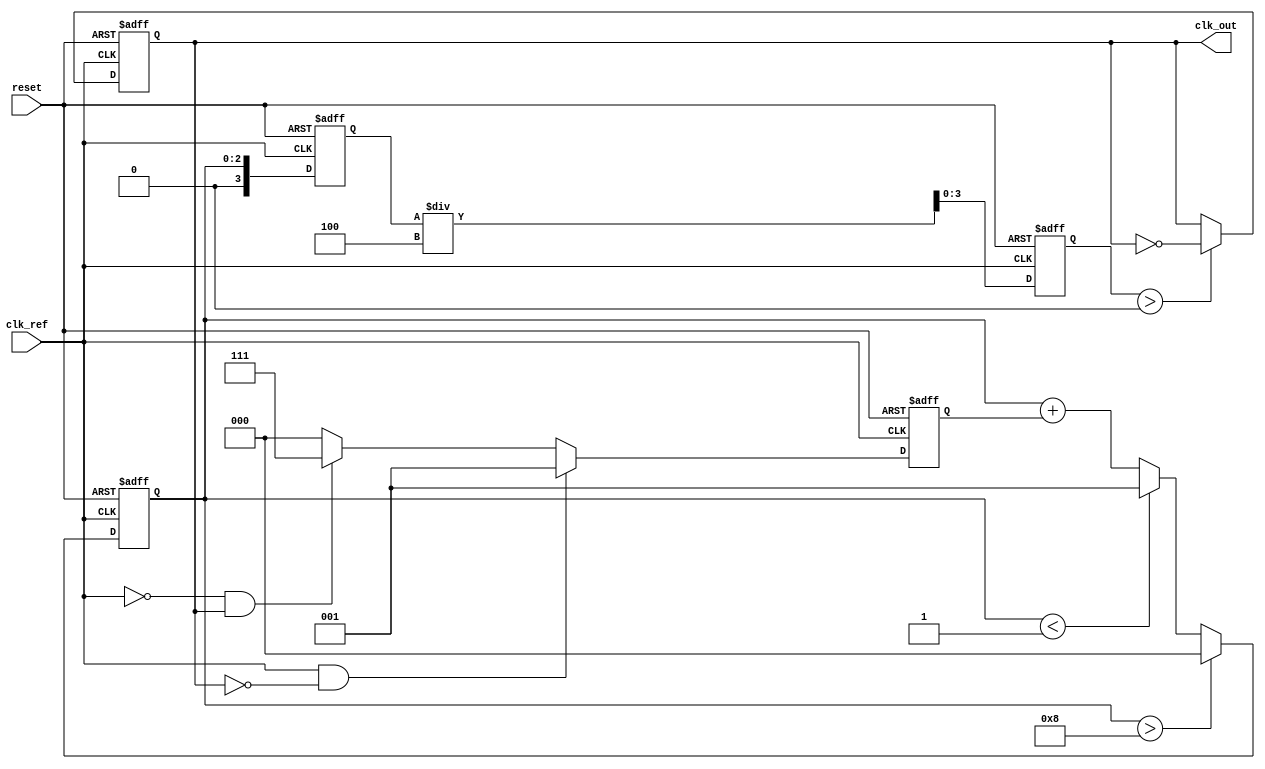
module ADPLL (
    input wire clk_ref,           // Reference clock input
    input wire reset,             // Asynchronous reset
    output reg clk_out            // Output clock signal
);

// Parameters
parameter DIV_FACTOR = 4;       // Frequency division factor
parameter LOOP_FILTER_ORDER = 3; // Order of the digital loop filter
parameter VCO_MAX_FREQ = 8;     // Max frequency value for VCO
parameter VCO_MIN_FREQ = 1;      // Min frequency value for VCO

// Internal signals
reg [LOOP_FILTER_ORDER-1:0] error_signal; // Error signal from phase detector
reg [LOOP_FILTER_ORDER-1:0] control_signal; // Control signal for VCO
reg [3:0] vco_freq;            // Current frequency of VCO
reg [3:0] feedback_freq;       // Feedback frequency from VCO

// Phase Detector
always @(posedge clk_ref or posedge reset) begin
    if (reset) begin
        error_signal <= 0;
    end else begin
        // Simple phase detector logic (can be replaced with more complex logic)
        if (clk_ref && !clk_out) begin
            error_signal <= 1; // Indicates VCO is slow
        end else if (!clk_ref && clk_out) begin
            error_signal <= -1; // Indicates VCO is fast
        end else begin
            error_signal <= 0; // No phase error
        end
    end
end

// Digital Loop Filter (Simple IIR Filter)
always @(posedge clk_ref or posedge reset) begin
    if (reset) begin
        control_signal <= 0;
    end else begin
        control_signal <= control_signal + error_signal; // Integrate error signal
        // Clamping control signal to VCO limits
        if (control_signal > VCO_MAX_FREQ)
            control_signal <= VCO_MAX_FREQ;
        else if (control_signal < VCO_MIN_FREQ)
            control_signal <= VCO_MIN_FREQ;
    end
end

// Voltage-Controlled Oscillator (VCO)
always @(posedge clk_ref or posedge reset) begin
    if (reset) begin
        vco_freq <= VCO_MIN_FREQ; // Start at minimum frequency
    end else begin
        vco_freq <= control_signal; // Set VCO frequency based on control signal
    end
end

// Frequency Divider
always @(posedge clk_ref or posedge reset) begin
    if (reset) begin
        feedback_freq <= 0;
    end else begin
        feedback_freq <= vco_freq / DIV_FACTOR; // Divide VCO frequency
    end
end

// Output clock generation
always @(posedge clk_ref or posedge reset) begin
    if (reset) begin
        clk_out <= 0;
    end else begin
        // Generate output clock based on feedback frequency
        clk_out <= (feedback_freq > 0) ? ~clk_out : clk_out;
    end
end

endmodule